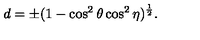
d = \pm ( 1 - \cos ^ { 2 } { \theta } \cos ^ { 2 } { \eta } ) ^ { \frac { 1 } { 2 } } .